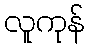
လူကုန်